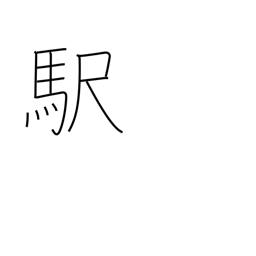
Meaning: station